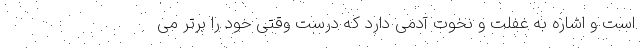
است و اشاره به غفلت و نخوت آدمی دارد که درست وقتی خود را برتر می‌